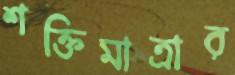
শক্তিমাত্রার